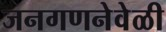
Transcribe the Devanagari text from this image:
जनगणनेवेळी